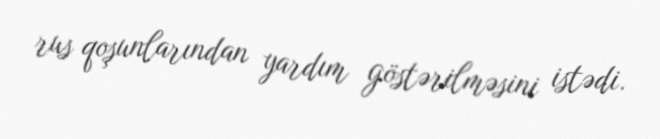
rus qoşunlarından yardım göstərilməsini istədi.